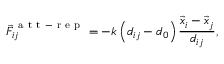
\vec { F } _ { i j } ^ { \mathrm { ~ a ~ t ~ t ~ - ~ r ~ e ~ p ~ } } = - k \left( d _ { i j } - d _ { 0 } \right) \frac { \vec { x } _ { i } - \vec { x } _ { j } } { d _ { i j } } ,